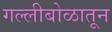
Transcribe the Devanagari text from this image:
गल्लीबोळातून